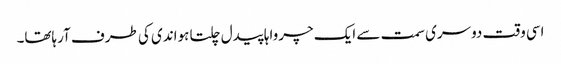
اسی وقت دوسری سمت سے ایک چرواہا پیدل چلتا ہواندی کی طرف آرہاتھا۔